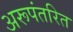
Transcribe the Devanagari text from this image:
अरूपंतरित